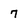
Character: 7